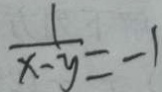
\frac { 1 } { x - y } = - 1